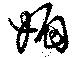
媚